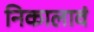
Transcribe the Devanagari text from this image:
निकालावं